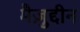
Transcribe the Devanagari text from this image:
मैज़ुद्दीन